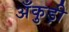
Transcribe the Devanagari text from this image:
अँकुड़ी